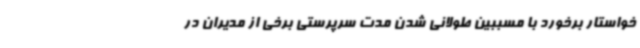
خواستار برخورد با مسببین طولانی شدن مدت سرپرستی برخی از مدیران در